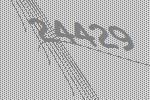
24429